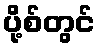
ပို့စ်တွင်